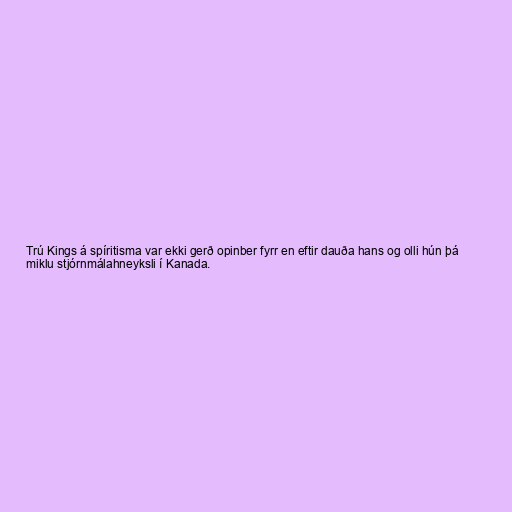
Trú Kings á spíritisma var ekki gerð opinber fyrr en eftir dauða hans og olli hún þá
miklu stjórnmálahneyksli í Kanada.